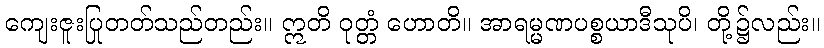
ကျေးဇူးပြုတတ်သည်တည်း။ ဣတိ ဝုတ္တံ ဟောတိ။ အာရမ္မဏပစ္စယာဒီသုပိ၊ တို့၌လည်း။